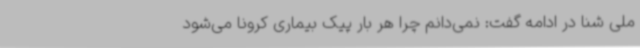
ملی شنا در ادامه گفت: نمی‌دانم چرا هر بار پیک بیماری کرونا می‌شود